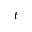
t